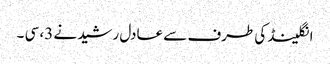
انگلینڈ کی طرف سے عادل رشید نے 3، سی ۔